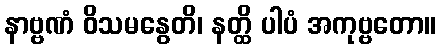
နာဗ္ဗဏံ ဝိသမနွေတိ၊ နတ္ထိ ပါပံ အကုဗ္ဗတော။